Report on the working of the Ranchi Indian Mental Hospital, Kanke, in Bihar and Orissa - 1930-1940
Year: 1930
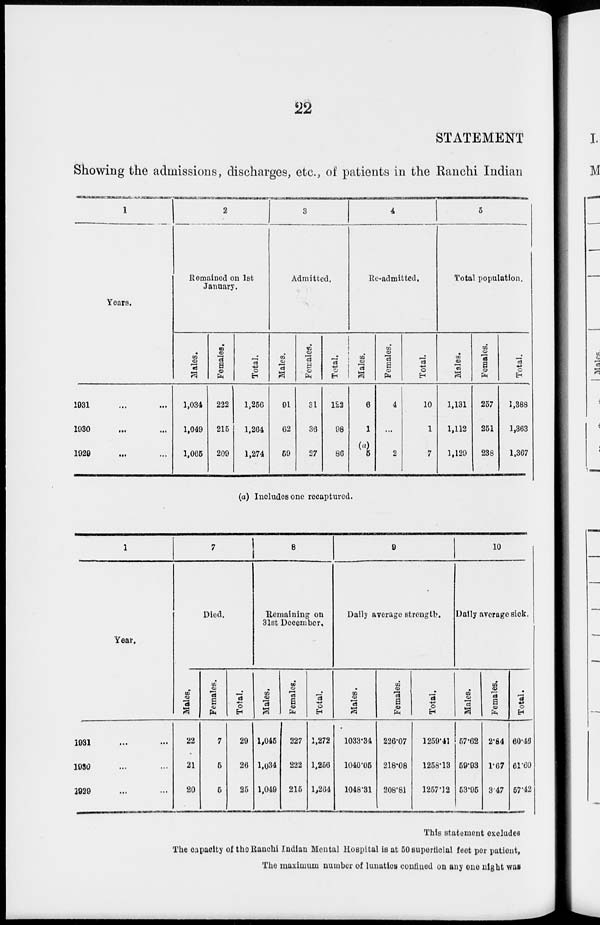
22
STATEMENT
Showing the admissions, discharges, etc., of patients in the Ranchi Indian
1
Years.
1931 ... ...
1930 ... ...
1929 ... ...
2
Remained on 1st
January.
Males.
1,034
1,049
1,065
Females.
222
215
209
Total.
1,256
1,264
1,274
3
Admitted.
Males.
91
62
59
Females.
31
36
27
Total.
122
98
86
4
Re-admitted.
Males.
6
1
(a)
5
Females.
4
...
2
Total.
10
1
7
5
Total population.
Males.
1,131
1,112
1,129
Females.
257
251
238
Total.
1,388
1,363
1.367
(a) Includes one recaptured.
1
Year.
1931 ... ...
1930 ... ...
1929 ... ...
7
Died.
Males.
22
21
20
Females.
7
5
5
Total.
29
26
25
8
Remaining on
31st December,
Males.
1,045
1,034
1,049
Females.
227
222
215
Total.
1,272
1,256
1,264
9
Daily average strength.
Males.
1033.34
1040.05
1048.31
Females.
226.07
218.08
208.81
Total.
1259.41
1258.13
1257.12
10
Daily average sick.
Males.
57.62
59.93
53.95
Females.
2.84
1.67
3.47
Total.
60.49
61.60
57.42
This statement excludes
The capacity of the Ranchi Indian Mental Hospital is at 50 superficial feet per patient,
The maximum number of lunatics confined on any one night was